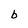
Character: b